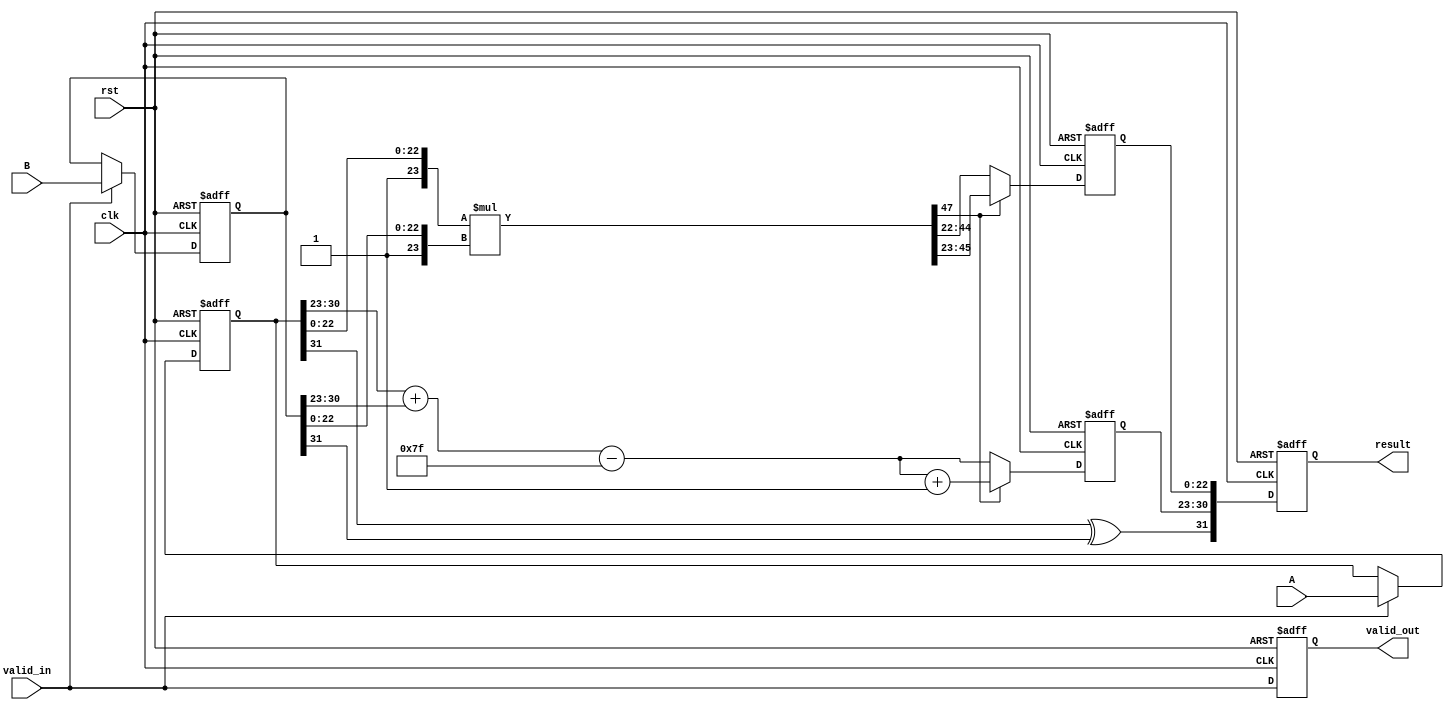
module fp_multiplier (
    input clk,
    input rst,
    input valid_in,
    input [31:0] A, // Floating-point input A
    input [31:0] B, // Floating-point input B
    output reg valid_out,
    output reg [31:0] result // Resulting floating-point output
);

    // Floating-point components
    wire sign_a, sign_b, sign_result;
    wire [7:0] exp_a, exp_b, exp_result;
    wire [23:0] mant_a, mant_b, mant_result;
    wire [47:0] mant_mult; // Holds the intermediate mantissa multiplication result

    // Stage 1 - Input Registration
    reg [31:0] A_reg, B_reg;
    always @(posedge clk or posedge rst) begin
        if (rst) begin
            A_reg <= 32'b0;
            B_reg <= 32'b0;
        end else if (valid_in) begin
            A_reg <= A;
            B_reg <= B;
        end
    end

    // Stage 2 - Sign Calculation
    assign sign_a = A_reg[31];
    assign sign_b = B_reg[31];
    assign sign_result = sign_a ^ sign_b;

    // Stage 3 - Exponent Calculation
    assign exp_a = A_reg[30:23];
    assign exp_b = B_reg[30:23];
    assign exp_result = exp_a + exp_b - 8'h7F; // Subtract bias

    // Stage 4 - Mantissa Multiplication
    assign mant_a = {1'b1, A_reg[22:0]}; // Implicit leading one for normalized numbers
    assign mant_b = {1'b1, B_reg[22:0]}; // Implicit leading one for normalized numbers
    assign mant_mult = mant_a * mant_b; // Mantissa multiplication

    // Stage 5 - Result Normalization
    reg [23:0] mant_normalized;
    reg [7:0] exp_adjusted;
    always @(posedge clk or posedge rst) begin
        if (rst) begin
            mant_normalized <= 24'b0;
            exp_adjusted <= 8'b0;
        end else begin
            if (mant_mult[47]) begin
                mant_normalized <= mant_mult[46:23]; // Shift right (normalized)
                exp_adjusted <= exp_result + 1; // Adjust exponent
            end else begin
                mant_normalized <= mant_mult[45:22]; // Normal mantissa
                exp_adjusted <= exp_result; // No adjustment needed
            end
        end
    end

    // Stage 6 - Final Registration
    always @(posedge clk or posedge rst) begin
        if (rst) begin
            valid_out <= 1'b0;
            result <= 32'b0;
        end else begin
            valid_out <= valid_in; // Indicate when the output is valid
            result <= {sign_result, exp_adjusted, mant_normalized[22:0]}; // Combine results
        end
    end
endmodule